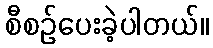
စီစဉ်ပေးခဲ့ပါတယ်။